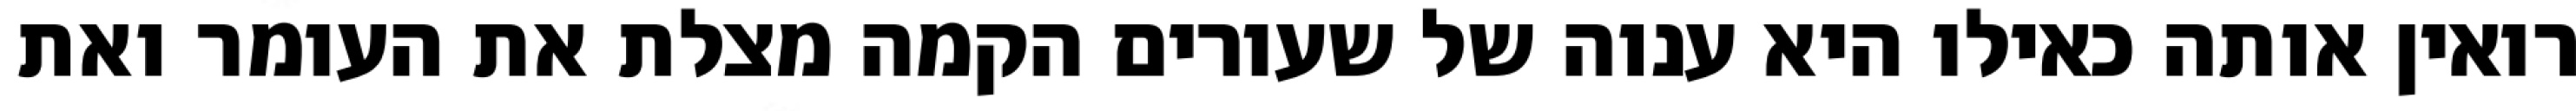
רואין אותה כאילו היא ענוה של שעורים הקמה מצלת את העומר ואת